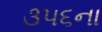
૩૫૬ના